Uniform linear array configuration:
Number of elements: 24
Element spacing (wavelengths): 0.25
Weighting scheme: binomial
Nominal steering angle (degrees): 30
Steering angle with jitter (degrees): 30.723
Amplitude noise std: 0.05
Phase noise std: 0.05

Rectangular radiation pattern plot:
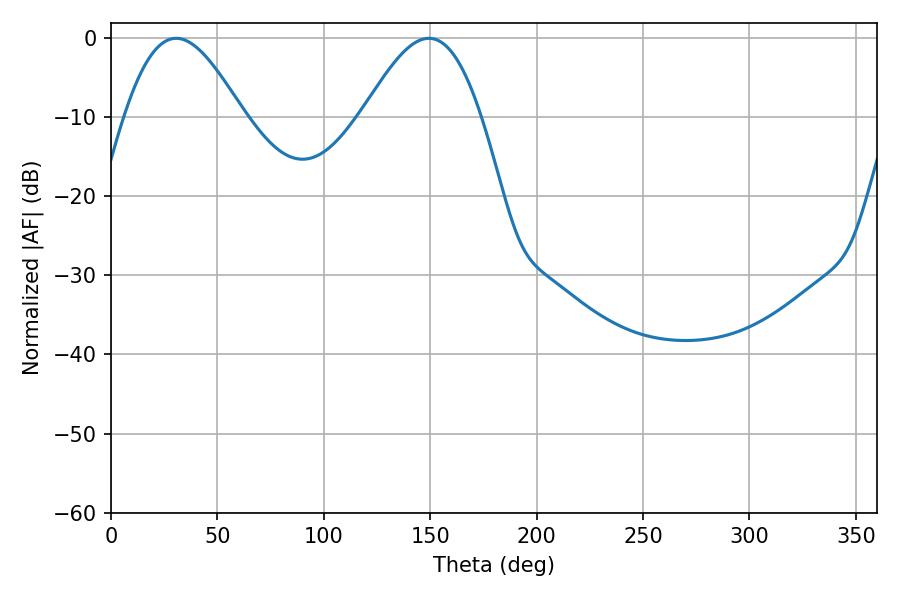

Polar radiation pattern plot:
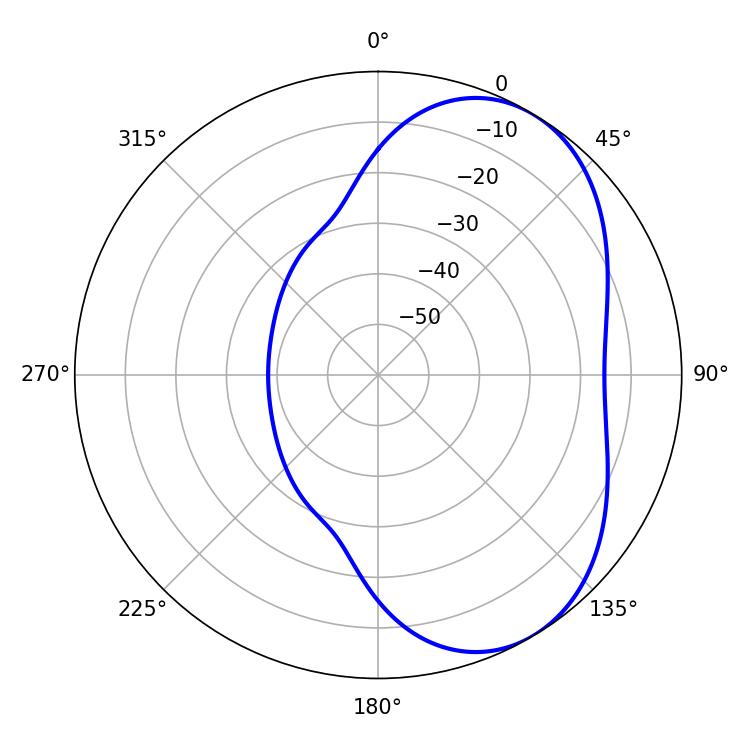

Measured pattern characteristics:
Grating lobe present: FALSE
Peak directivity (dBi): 5.011
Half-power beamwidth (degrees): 29.88
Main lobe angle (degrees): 30.6